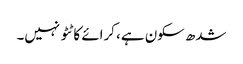
شدھ سکون ہے، کرائے کا ٹٹو نہیں۔